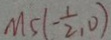
M 5 ( - \frac { 1 } { 2 } , 0 )